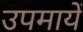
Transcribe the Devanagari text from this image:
उपमायें